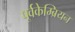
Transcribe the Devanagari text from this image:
पूर्वकेम्ब्रियन